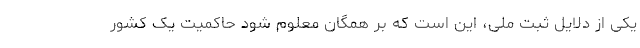
یکی از دلایل ثبت ملی، این است که بر همگان معلوم شود حاکمیت یک کشور